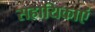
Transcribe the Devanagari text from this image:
सहायिकाएं